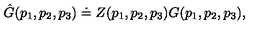
\hat { G } ( p _ { 1 } , p _ { 2 } , p _ { 3 } ) \doteq Z ( p _ { 1 } , p _ { 2 } , p _ { 3 } ) G ( p _ { 1 } , p _ { 2 } , p _ { 3 } ) ,